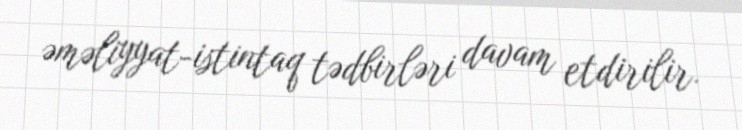
əməliyyat-istintaq tədbirləri davam etdirilir.